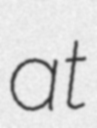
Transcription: at